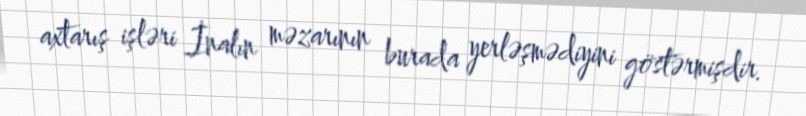
axtarış işləri İnalın məzarının burada yerləşmədiyini göstərmişdir.